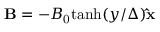
\mathbf { B } = - B _ { \mathrm { 0 } } \mathrm { t a n h } ( y / \Delta ) \mathbf { \hat { x } }